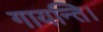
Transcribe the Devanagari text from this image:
गायन्ति।